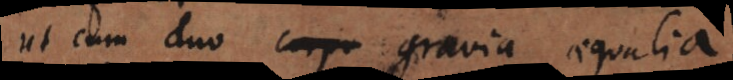
Ut cum duo corp gravia aequalia